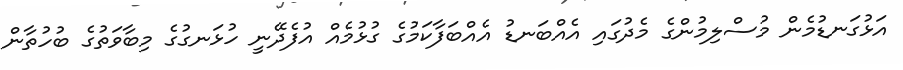
އަޅުގަނޑުމެން މުސްލިމުންގެ މެދުގައި އެއްބަނޑު އެއްބަފާކަމުގެ ގުޅުމެއް އުފެދޭނީ ހުޅަނގުގެ މިބާވަތުގެ ބުހުތާން